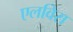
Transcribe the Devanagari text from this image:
एलविरा